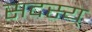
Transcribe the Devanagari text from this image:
सदस्य्